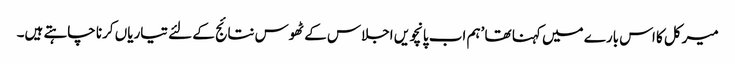
میرکل کا اس بارے میں کہنا تھا ’ہم اب پانچویں اجلاس کے ٹھوس نتائج کے لئے تیاریاں کرنا چاہتے ہیں۔